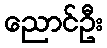
ညောင်ဦး